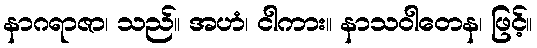
နာဂရာဇာ၊ သည်။ အဟံ၊ ငါကား။ နာသဝါတေန၊ ဖြင့်။